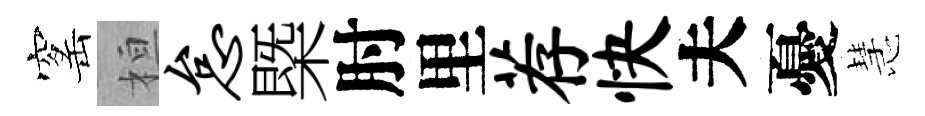
窰桓怠槩肘里荐快夫憂慧